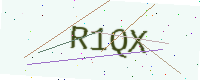
Text: R1QX